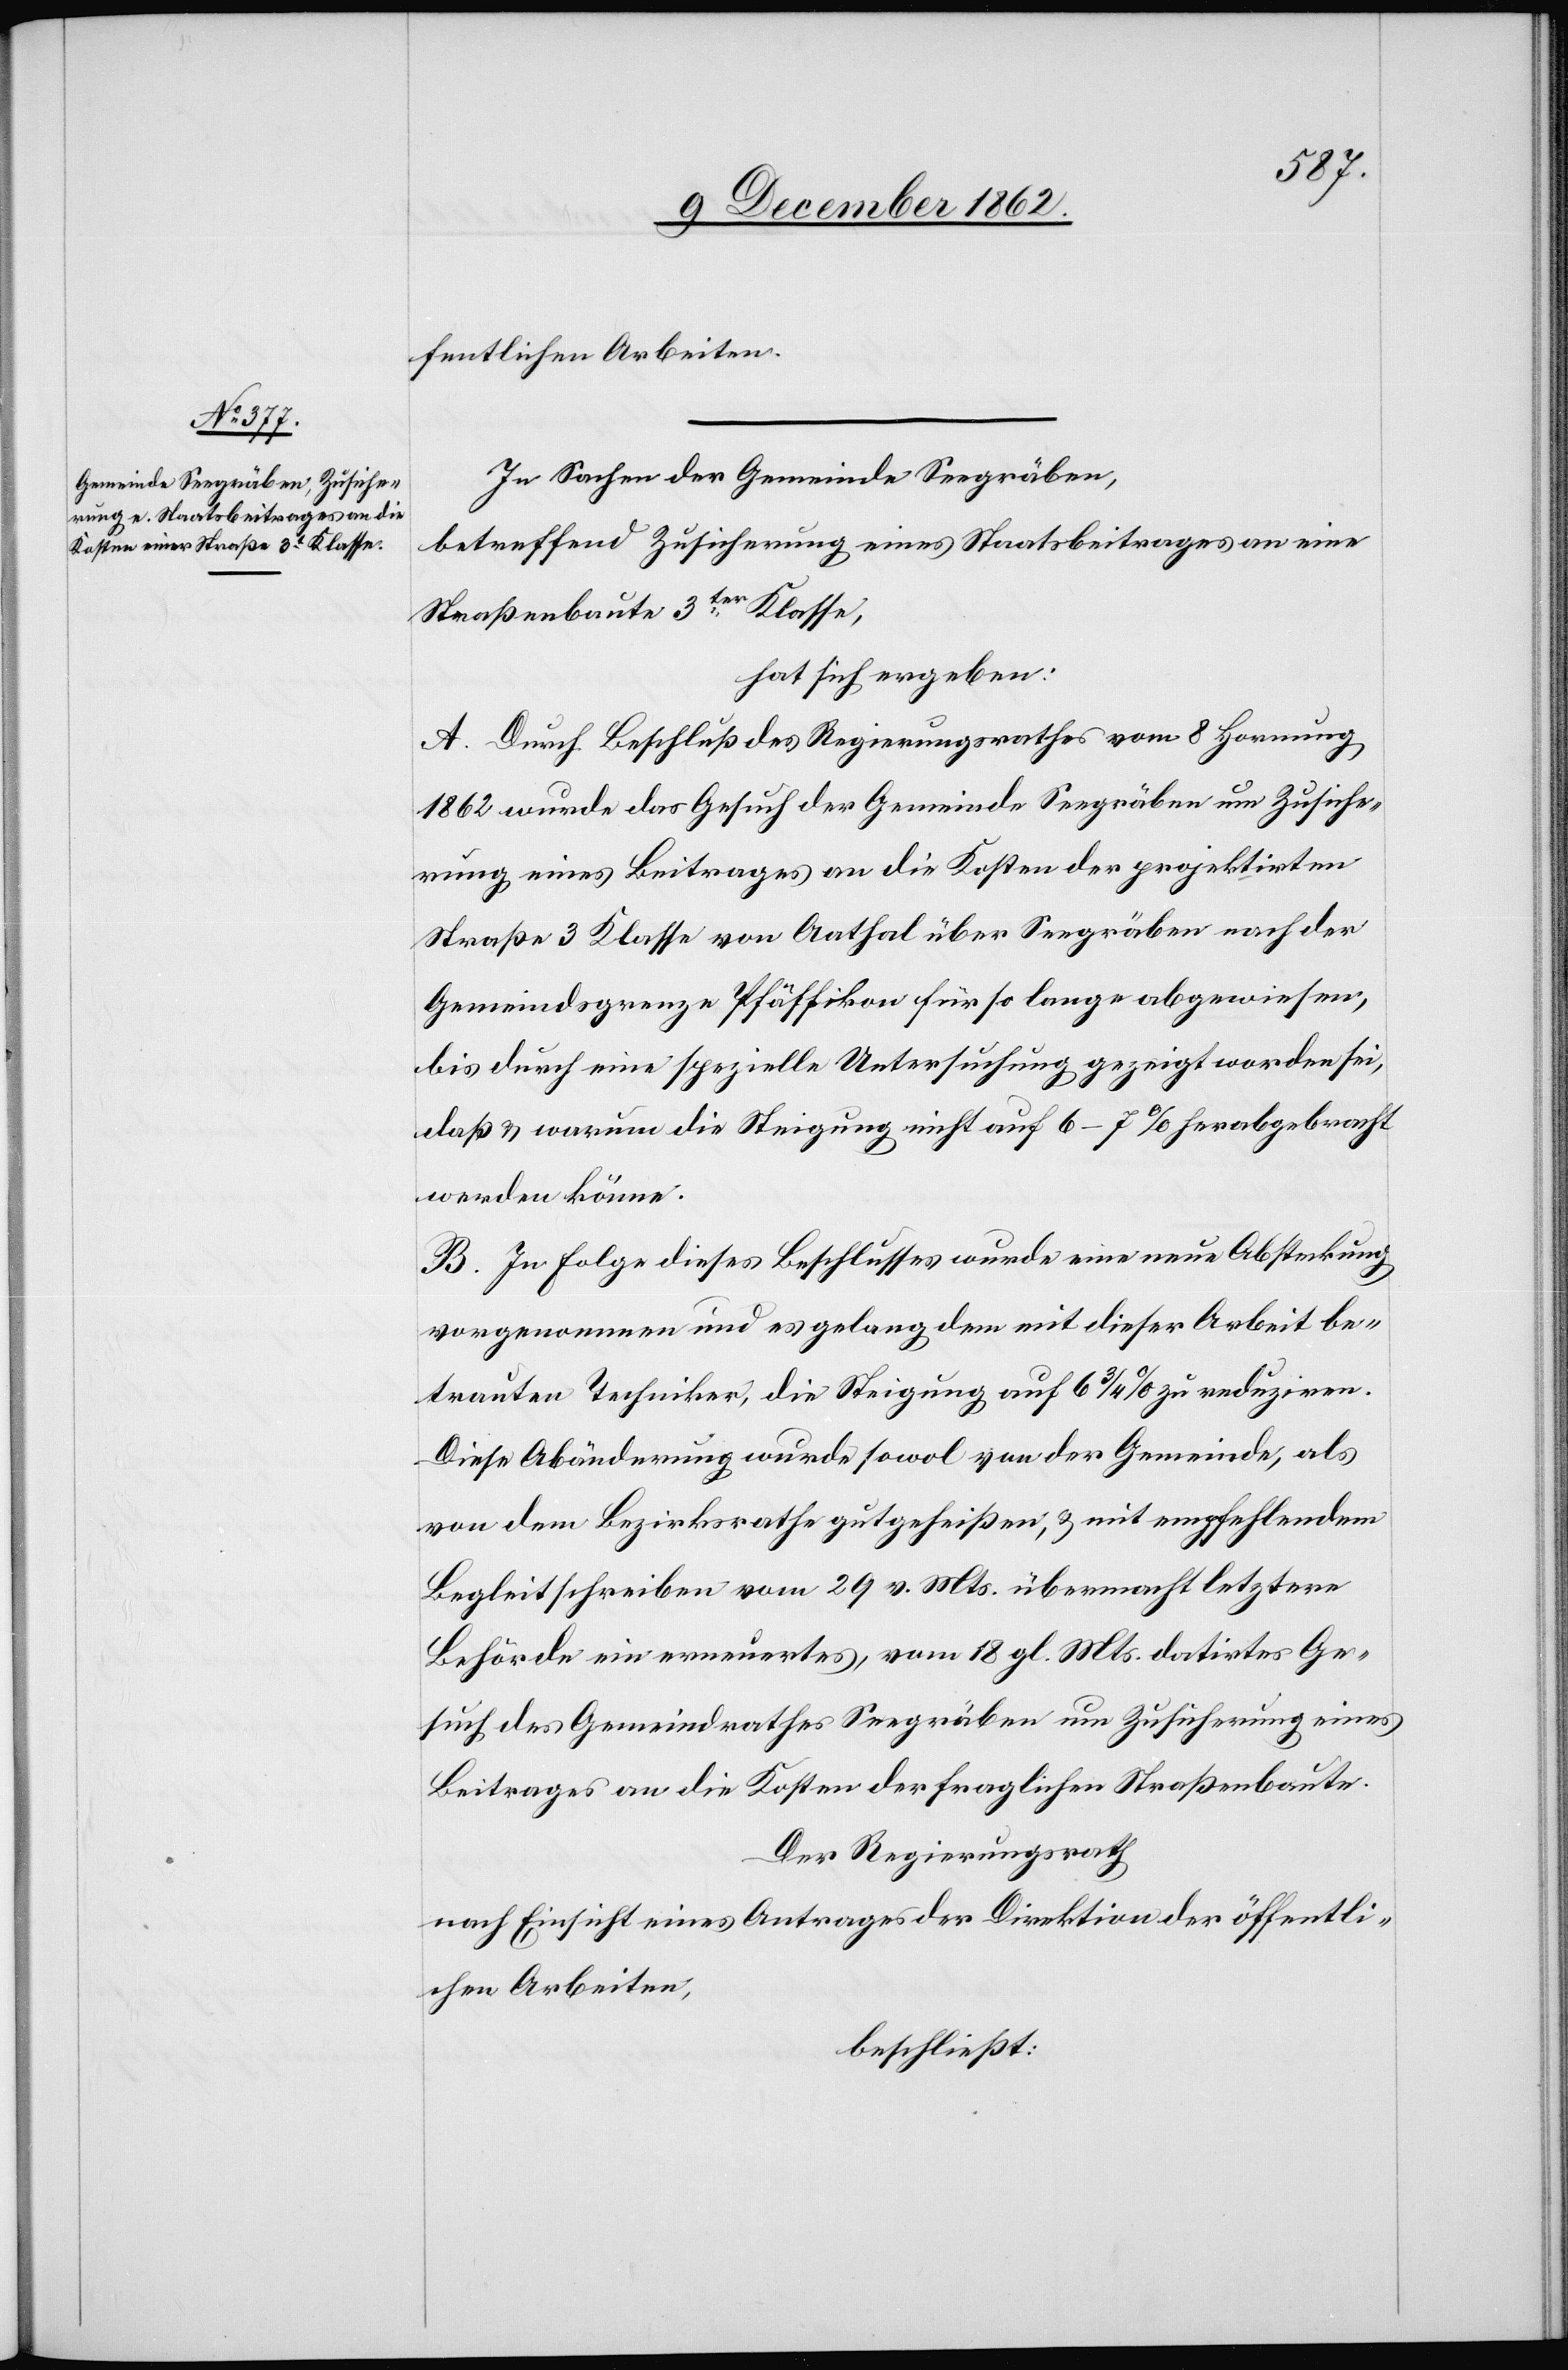
fentlichen Arbeiten.
In Sachen der Gemeinde Seegräben,
betreffend Zusicherung eines Staatsbeitrages an eine
Straßenbaute 3ter Klasse,
hat sich ergeben:
A. Durch Beschluß des Regierungsrathes vom 8. Hornung
1862 wurde das Gesuch der Gemeinde Seegräben um Zusiche¬
rung eines Beitrages an die Kosten der projektirten
Straße 3 Klasse von Aathal über Seegräben nach der
Gemeindsgrenze Pfäffikon für so lange abgewiesen,
bis durch eine spezielle Untersuchung gezeigt worden sei,
daß u. warum die Steigung nicht auf 6–7% herabgebracht
werden könne.
B. In Folge dieses Beschlusses wurde eine neue Absteckung
vorgenommen und es gelang dem mit dieser Arbeit be¬
trauten Techniker, die Steigung auf 6 3/4% zu reduziren.
Diese Abänderung wurde sowol von der Gemeinde, als
von dem Bezirksrathe gutgeheißen u. mit empfehlendem
Begleitschreiben vom 29. v. Mts. übermacht letztere
Behörde ein erneuertes, vom 18. gl. Mts. datirtes Ge¬
such des Gemeindrathes Seegräben um Zusicherung eines
Beitrages an die Kosten der fraglichen Straßenbaute.
Der Regierungsrath
nach Einsicht eines Antrages der Direktion der öffentli¬
chen Arbeiten,
beschließt: